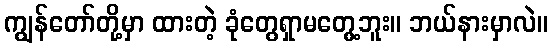
ကျွန်တော်တို့မှာ ထားတဲ့ ခုံတွေရှာမတွေ့ဘူး။ ဘယ်နားမှာလဲ။